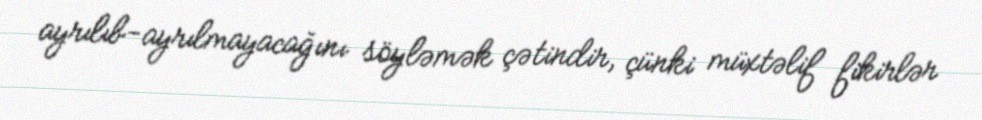
ayrılıb-ayrılmayacağını söyləmək çətindir, çünki müxtəlif fikirlər